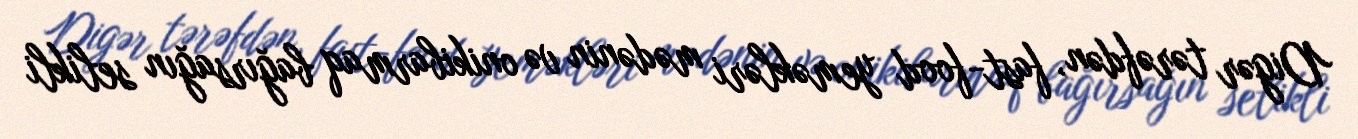
Digər tərəfdən, fast-food yeməkləri mədənin və onikibarmaq bağırsağın selikli